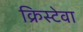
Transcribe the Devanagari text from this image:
क्रिस्टेवा